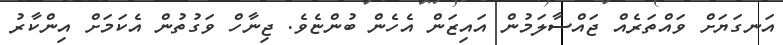
އަނގަޔަށް ވައްތަރެއް ޖައްސާލަމުން އައިޒަން އެހެން ބުންޏެވެ. ޖިނާހް ވަގުތުން އެކަމަށް އިންކާރު